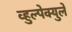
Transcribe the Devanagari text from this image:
व्हुल्पेक्युले